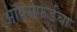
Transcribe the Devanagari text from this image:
ऑक्सफर्डचा